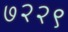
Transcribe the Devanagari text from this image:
७२२९